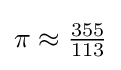
\pi \approx {\tfrac {355}{113}}